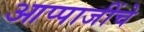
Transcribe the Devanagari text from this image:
आप्पाजींचे